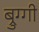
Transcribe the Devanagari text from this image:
ब्रुग्गी